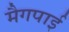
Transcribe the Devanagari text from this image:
मैगपाई